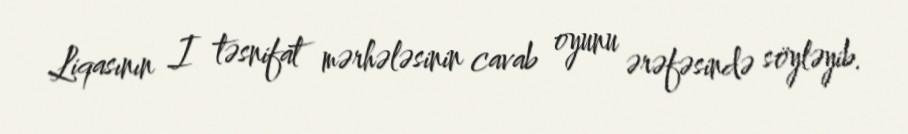
Liqasının I təsnifat mərhələsinin cavab oyunu ərəfəsində söyləyib.